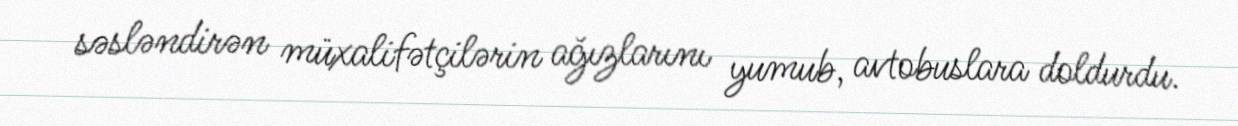
səsləndirən müxalifətçilərin ağızlarını yumub, avtobuslara doldurdu.